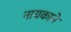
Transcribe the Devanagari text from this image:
नायकाने